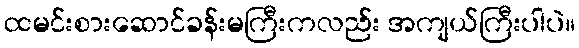
ထမင်းစားဆောင်ခန်းမကြီးကလည်း အကျယ်ကြီးပါပဲ။